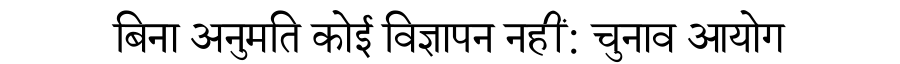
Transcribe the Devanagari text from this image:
बिना अनुमति कोई विज्ञापन नहीं: चुनाव आयोग